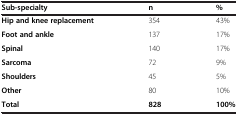
<table><thead><tr><td><b>Sub-specialty</b></td><td><b>n</b></td><td><b>%</b></td></tr></thead><tbody><tr><td><b>Hip and knee replacement</b></td><td>354</td><td>43%</td></tr><tr><td><b>Foot and ankle</b></td><td>137</td><td>17%</td></tr><tr><td><b>Spinal</b></td><td>140</td><td>17%</td></tr><tr><td><b>Sarcoma</b></td><td>72</td><td>9%</td></tr><tr><td><b>Shoulders</b></td><td>45</td><td>5%</td></tr><tr><td><b>Other</b></td><td>80</td><td>10%</td></tr><tr><td><b>Total</b></td><td><b>828</b></td><td><b>100%</b></td></tr></tbody></table>